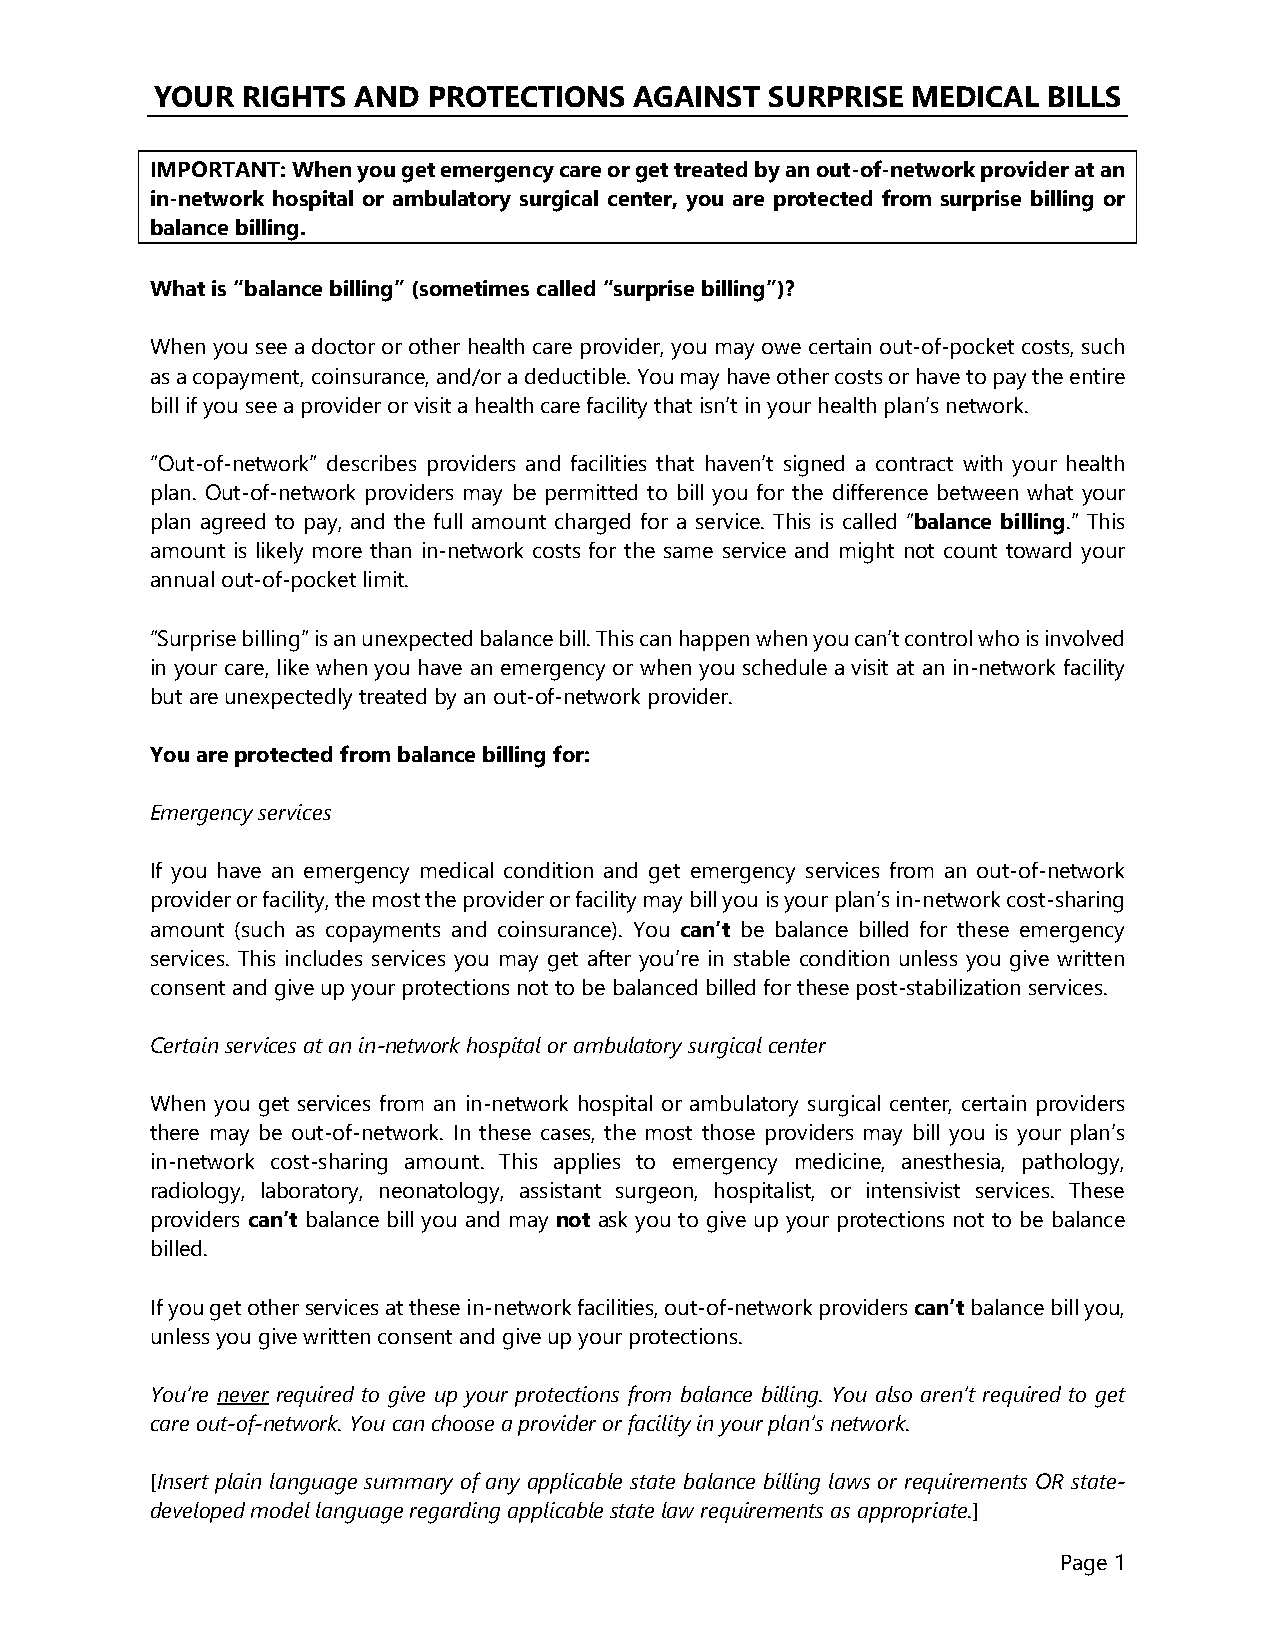
YOUR  RIGHTS AND  PROTECTIONS   AGAINST  SURPRISE MEDICAL  BILLS
 IMPORTANT: When you get emergency care or get treated by an out-of-network provider at an
 in-network hospital or ambulatory surgical center, you are protected from surprise billing or
 balance billing.
 What is “balance billing” (sometimes called “surprise billing”)?
 When you see a doctor or other health care provider, you may owe certain out-of-pocket costs, such
 as a copayment, coinsurance, and/or a deductible. You may have other costs or have to pay the entire
 bill if you see a provider or visit a health care facility that isn’t in your health plan’s network.
 “Out-of-network” describes providers and facilities that haven’t signed a contract with your health
 plan. Out-of-network providers may be permitted to bill you for the difference between what your
 plan agreed to pay, and the full amount charged for a service. This is called “balance billing.” This
 amount is likely more than in-network costs for the same service and might not count toward your
 annual out-of-pocket limit.
 “Surprise billing” is an unexpected balance bill. This can happen when you can’t control who is involved
 in your care, like when you have an emergency or when you schedule a visit at an in-network facility
 but are unexpectedly treated by an out-of-network provider.
 You are protected from balance billing for:
 Emergency services
 If you have an emergency medical condition and get emergency services from an out-of-network
 provider or facility, the most the provider or facility may bill you is your plan’s in-network cost-sharing
 amount (such as copayments and coinsurance). You can’t be balance billed for these emergency
 services. This includes services you may get after you’re in stable condition unless you give written
 consent and give up your protections not to be balanced billed for these post-stabilization services.
 Certain services at an in-network hospital or ambulatory surgical center
 When you get services from an in-network hospital or ambulatory surgical center, certain providers
 there may be out-of-network. In these cases, the most those providers may bill you is your plan’s
 in-network cost-sharing amount. This applies to emergency medicine, anesthesia, pathology,
 radiology, laboratory, neonatology, assistant surgeon, hospitalist, or intensivist services. These
 providers can’t balance bill you and may not ask you to give up your protections not to be balance
 billed.
 If you get other services at these in-network facilities, out-of-network providers can’t balance bill you,
 unless you give written consent and give up your protections.
 You’re never required to give up your protections from balance billing. You also aren’t required to get
 care out-of-network. You can choose a provider or facility in your plan’s network.
 [Insert plain language summary of any applicable state balance billing laws or requirements OR state-
 developed model language regarding applicable state law requirements as appropriate.]
 Page 1